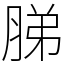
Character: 䏲